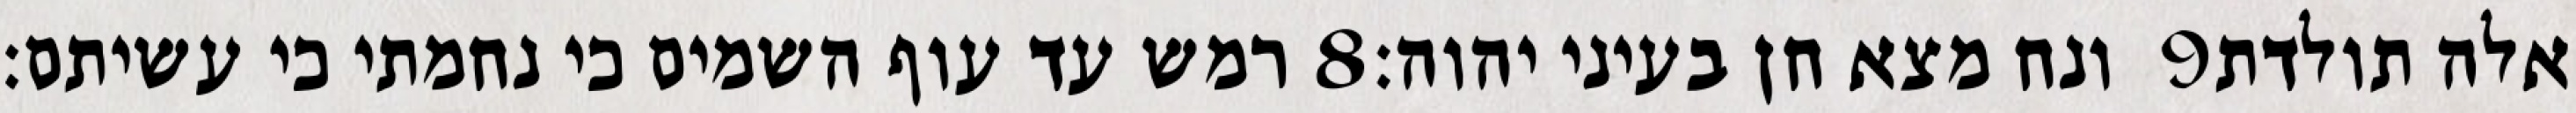
רמש עד עוף השמים כי נחמתי כי עשיתם׃ ‎8‏ ונח מצא חן בעיני יהוה׃ ‎9‏ אלה תולדת